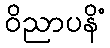
ဝိညာပနိံ